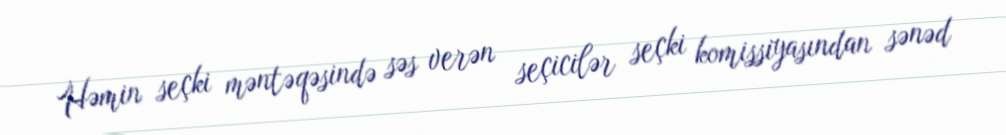
Həmin seçki məntəqəsində səs verən seçicilər seçki komissiyasından sənəd